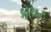
કોલટ